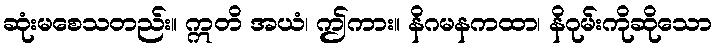
ဆုံးမစေသတည်း။ ဣတိ အယံ၊ ဤကား။ နိဂမနကထာ၊ နိဂုမ်းကိုဆိုသော